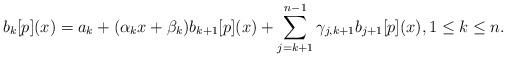
LaTeX: \begin{align*} b_k[p](x) = a_k + (\alpha_kx + \beta_k)b_{k+1}[p](x) + \sum_{j=k+1}^{n-1} \gamma_{j,k+1}b_{j+1}[p](x), 1\leq k\leq n.\end{align*}